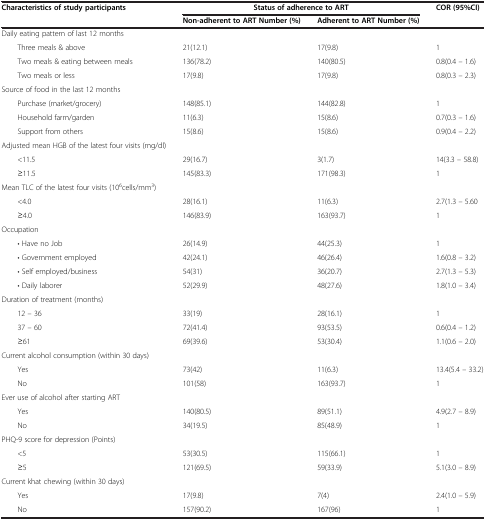
<table><thead><tr><td><b>Characteristics of study participants</b></td><td colspan="2"><b>Status of adherence to ART</b></td><td><b>COR (95%CI)</b></td></tr><tr><td><b> </b></td><td><b>Non-adherent to ART Number (%)</b></td><td><b>Adherent to ART Number (%)</b></td><td><b> </b></td></tr></thead><tbody><tr><td>Daily eating pattern of last 12 months</td><td> </td><td> </td><td> </td></tr><tr><td>Three meals &amp; above</td><td>21(12.1)</td><td>17(9.8)</td><td>1</td></tr><tr><td>Two meals &amp; eating between meals</td><td>136(78.2)</td><td>140(80.5)</td><td>0.8(0.4 – 1.6)</td></tr><tr><td>Two meals or less</td><td>17(9.8)</td><td>17(9.8)</td><td>0.8(0.3 – 2.3)</td></tr><tr><td>Source of food in the last 12 months</td><td> </td><td> </td><td> </td></tr><tr><td>Purchase (market/grocery)</td><td>148(85.1)</td><td>144(82.8)</td><td>1</td></tr><tr><td>Household farm/garden</td><td>11(6.3)</td><td>15(8.6)</td><td>0.7(0.3 – 1.6)</td></tr><tr><td>Support from others</td><td>15(8.6)</td><td>15(8.6)</td><td>0.9(0.4 – 2.2)</td></tr><tr><td>Adjusted mean HGB of the latest four visits (mg/dl)</td><td> </td><td> </td><td> </td></tr><tr><td>&lt;11.5</td><td>29(16.7)</td><td>3(1.7)</td><td>14(3.3 – 58.8)</td></tr><tr><td>≥11.5</td><td>145(83.3)</td><td>171(98.3)</td><td>1</td></tr><tr><td>Mean TLC of the latest four visits (10<sup>6</sup>cells/mm<sup>3</sup>)</td><td> </td><td> </td><td> </td></tr><tr><td>&lt;4.0</td><td>28(16.1)</td><td>11(6.3)</td><td>2.7(1.3 – 5.60</td></tr><tr><td>≥4.0</td><td>146(83.9)</td><td>163(93.7)</td><td>1</td></tr><tr><td>Occupation</td><td> </td><td> </td><td> </td></tr><tr><td>• Have no Job</td><td>26(14.9)</td><td>44(25.3)</td><td>1</td></tr><tr><td>• Government employed</td><td>42(24.1)</td><td>46(26.4)</td><td>1.6(0.8 – 3.2)</td></tr><tr><td>• Self employed/business</td><td>54(31)</td><td>36(20.7)</td><td>2.7(1.3 – 5.3)</td></tr><tr><td>• Daily laborer</td><td>52(29.9)</td><td>48(27.6)</td><td>1.8(1.0 – 3.4)</td></tr><tr><td>Duration of treatment (months)</td><td> </td><td> </td><td> </td></tr><tr><td>12 – 36</td><td>33(19)</td><td>28(16.1)</td><td>1</td></tr><tr><td>37 – 60</td><td>72(41.4)</td><td>93(53.5)</td><td>0.6(0.4 – 1.2)</td></tr><tr><td>≥61</td><td>69(39.6)</td><td>53(30.4)</td><td>1.1(0.6 – 2.0)</td></tr><tr><td>Current alcohol consumption (within 30 days)</td><td> </td><td> </td><td> </td></tr><tr><td>Yes</td><td>73(42)</td><td>11(6.3)</td><td>13.4(5.4 – 33.2)</td></tr><tr><td>No</td><td>101(58)</td><td>163(93.7)</td><td>1</td></tr><tr><td>Ever use of alcohol after starting ART</td><td> </td><td> </td><td> </td></tr><tr><td>Yes</td><td>140(80.5)</td><td>89(51.1)</td><td>4.9(2.7 – 8.9)</td></tr><tr><td>No</td><td>34(19.5)</td><td>85(48.9)</td><td>1</td></tr><tr><td>PHQ-9 score for depression (Points)</td><td> </td><td> </td><td> </td></tr><tr><td>&lt;5</td><td>53(30.5)</td><td>115(66.1)</td><td>1</td></tr><tr><td>≥5</td><td>121(69.5)</td><td>59(33.9)</td><td>5.1(3.0 – 8.9)</td></tr><tr><td>Current khat chewing (within 30 days)</td><td> </td><td> </td><td> </td></tr><tr><td>Yes</td><td>17(9.8)</td><td>7(4)</td><td>2.4(1.0 – 5.9)</td></tr><tr><td>No</td><td>157(90.2)</td><td>167(96)</td><td>1</td></tr></tbody></table>